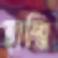
হাম্মি